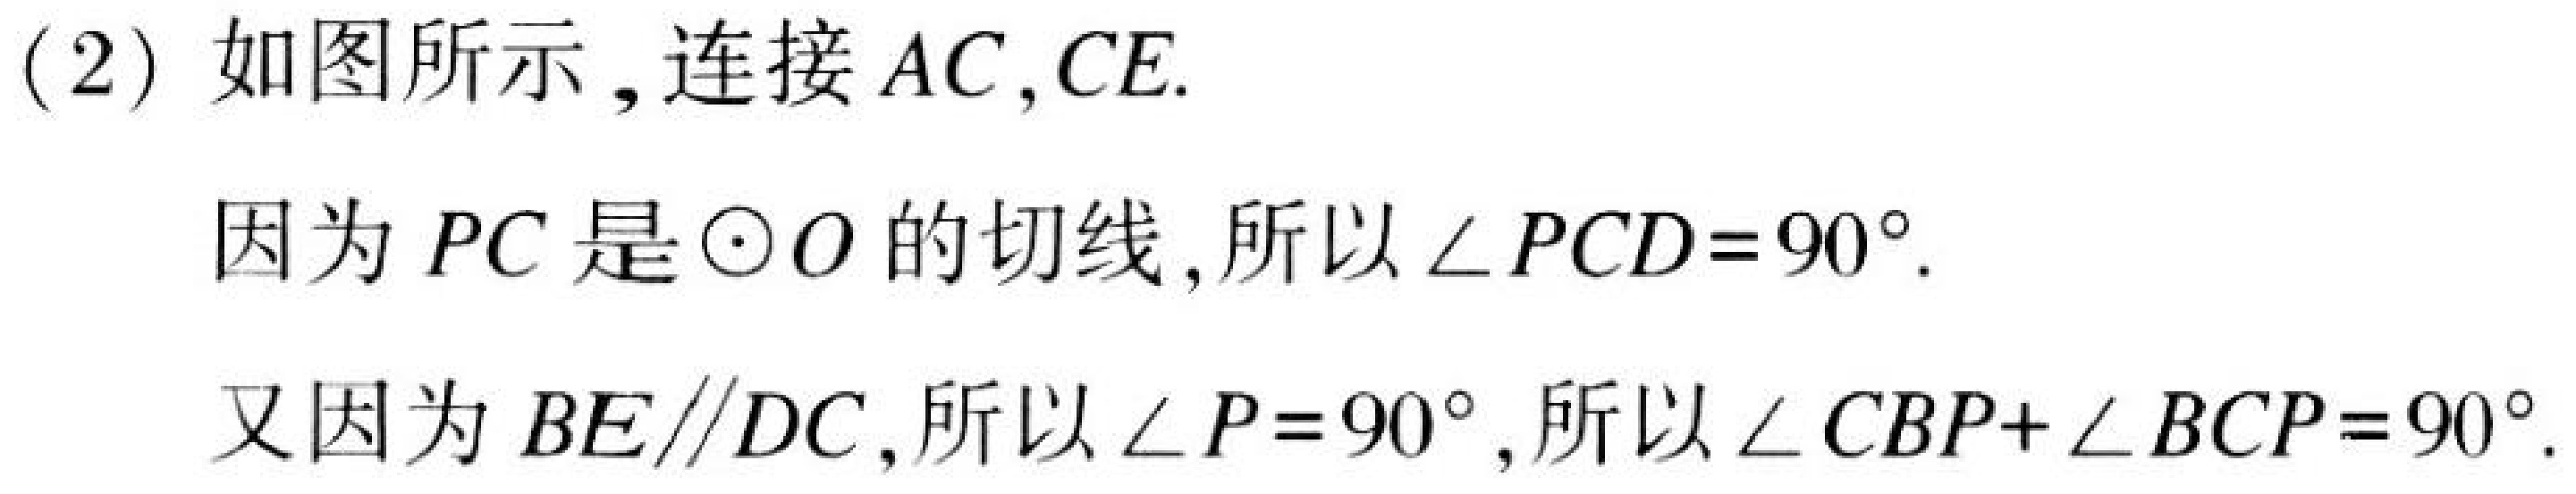
(2) 如图所示，连接 \(AC,CE\).

因为 \(PC\) 是\(\odot O\)的切线，所以\(\angle PCD = 90^{\circ}\).

又因为 \(BE\parallel DC\)，所以\(\angle P = 90^{\circ}\)，所以\(\angle CBP+\angle BCP = 90^{\circ}\).